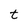
Character: t